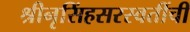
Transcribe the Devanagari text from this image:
श्रीनृसिंहसरस्वतींची